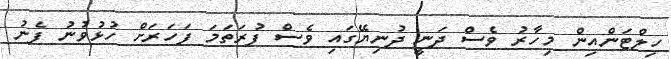
ހިލްޓަންއިން މިހާރު ވެސް ދަނީ ދުނިޔޭގައި ވެސް ފުރަތަމަ ފަހަރަށް ހުޅުވުނު ފެނު